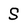
Character: S